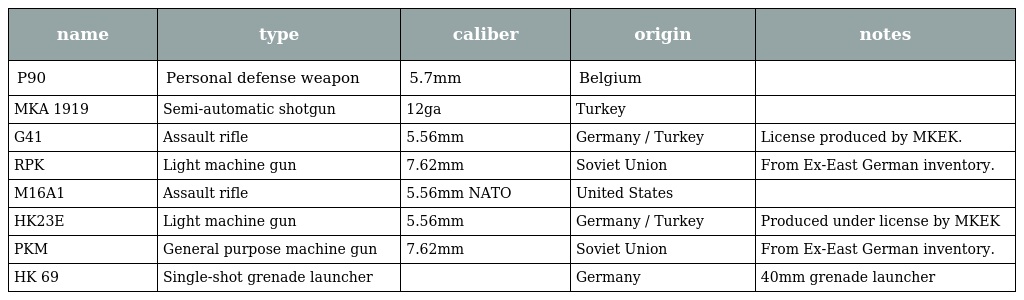
| name | type | caliber | origin | notes |
 | --- | --- | --- | --- | --- |
 | P90 | Personal defense weapon | 5.7mm | Belgium |  |
 | MKA 1919 | Semi-automatic shotgun | 12ga | Turkey |  |
 | G41 | Assault rifle | 5.56mm | Germany / Turkey | License produced by MKEK. |
 | RPK | Light machine gun | 7.62mm | Soviet Union | From Ex-East German inventory. |
 | M16A1 | Assault rifle | 5.56mm NATO | United States |  |
 | HK23E | Light machine gun | 5.56mm | Germany / Turkey | Produced under license by MKEK |
 | PKM | General purpose machine gun | 7.62mm | Soviet Union | From Ex-East German inventory. |
 | HK 69 | Single-shot grenade launcher |  | Germany | 40mm grenade launcher |